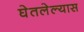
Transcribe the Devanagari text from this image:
घेतलेल्यास